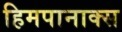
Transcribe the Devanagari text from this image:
हिमपानाक्स